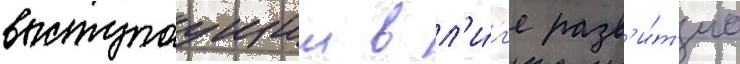
выступаущии в л'и́г'е разв'и́т'иа